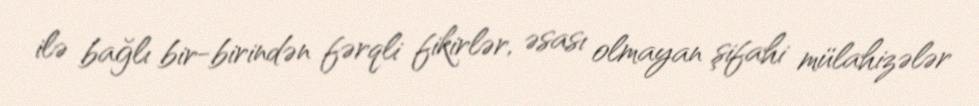
ilə bağlı bir-birindən fərqli fikirlər, əsası olmayan şifahi mülahizələr